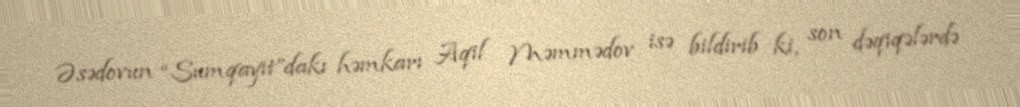
Əsədovun “Sumqayıt”dakı həmkarı Aqil Məmmədov isə bildirib ki, son dəqiqələrdə